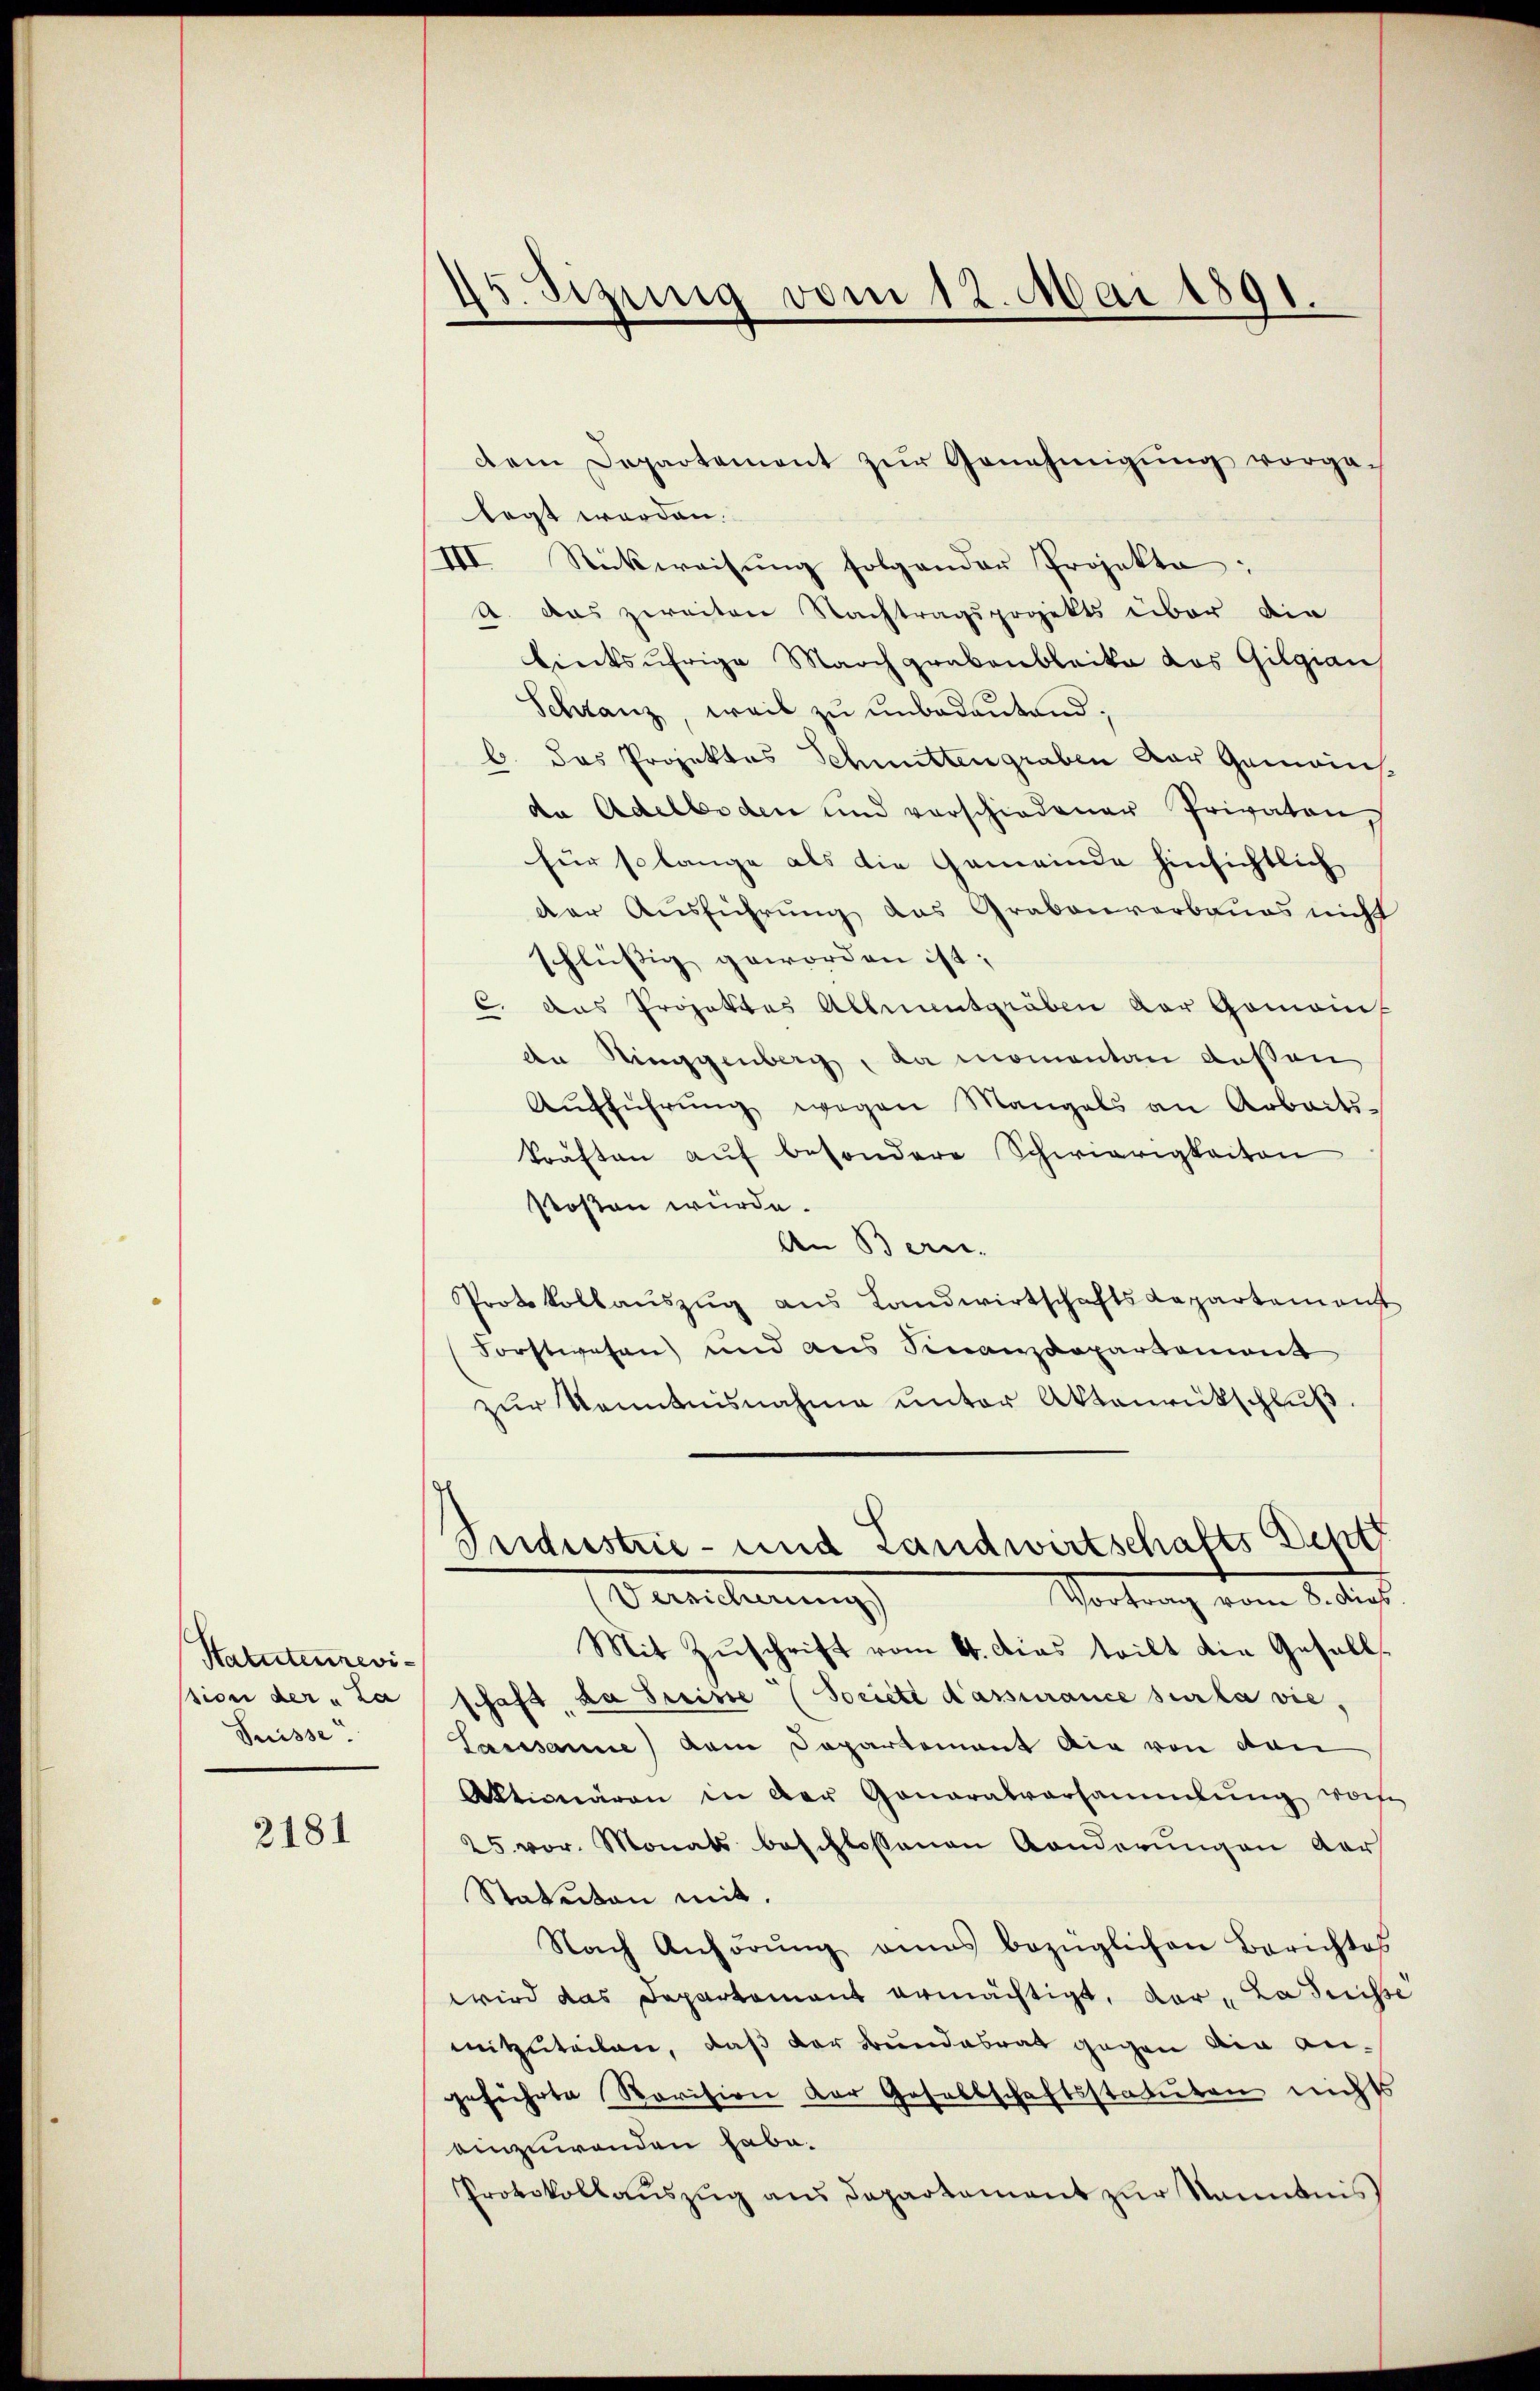
Statutenrevision der La
Suisse.

2181

15. Sizung vom 12. Mai 1891.

legt worden.
III. Sticksweisung folgender Projekte:
A. das zweiten Nachtragsprojekts über die
binksufrige Marchgrabenblecke das Gilgian
Schranz, weil zu unbedeutend.
b. das Projektes Schmittengraben der Gemeinsda Adelboden und vorschiedener Privaten
für so lange als die Gemeinde hinsichtlich
der Ausführung das Grabenverbaues nicht
schlüssig geworden ist;
C. Das Projektes Altnantgraben der Gomains
de Ringgenberg, da momentan dessen,
Aŭfführŭng wegen Mangels an Arbeits-
kräften auf besondere Schwierigkeiten
stossen würde.
An Bern.
Protokollauszug aus Landwirtschaftsdepartement
Forstwesen und aus Finanzdepartement
zŭr Kenntnisnahme unter Aktenrückschlŭβ
Industrie- und Landwirtschafts Dep
Vereicherung
Vortrag vom 8. dies
Mit Zŭschrift vom 6. dies teilt die Gesells
schaft, da Preise (Societé d’assurance sur la vie¬
Sassanne) kam Departement die von den
Aktionären in der Generalversammlung woche
25. vor. Monats beschlossenen Aenderungen der
Statuten mit.
Nach Anhörŭng eines bezüglichen Berichtes
wird das Departement ermächtigt, der „La disse
mitzuteilen, daß der Bundesrat gegen ain angeführte Revision der Gesellschaftsstatuten nichts
einzuwenden habe.
Provokollaŭszŭg ans Departament zŭr Nanntnis

dem Departement zŭr Genehmigŭng vorge-